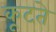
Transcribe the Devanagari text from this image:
कूटते